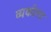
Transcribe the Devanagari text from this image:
व्यकीला